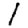
Digit: 1